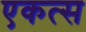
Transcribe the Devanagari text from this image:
एकत्स